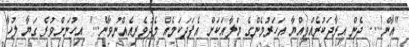
"އާން!.... ދެން އިރާދަކުރެއްވިއްޔާ އަހަރުމެންގެ ޔަލާއަކަށް އެފަދަކަމެއް މެދުވެރިއެއްނުވާނެ..." އިހުނަށްވުރެ ގަޔާ ލުހާ